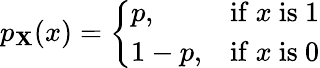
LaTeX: p_{\mathbf{X}}(x)={\left\{ \begin{array}{ll}{p,}&{{\mathrm{if~}}x{\mathrm{~is~1}}}\\ {1-p,}&{{\mathrm{if~}}x{\mathrm{~is~0}}}\end{array}\right.}